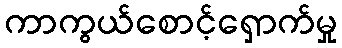
ကာကွယ်စောင့်ရှောက်မှု